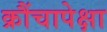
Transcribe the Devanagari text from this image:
क्रौंचापेक्षा